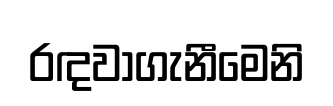
රඳවාගැනීමෙනි